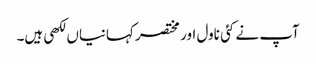
آپ نے کئی ناول اور مختصر کہانیاں لکھی ہیں۔